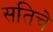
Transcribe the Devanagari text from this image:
सतिचे